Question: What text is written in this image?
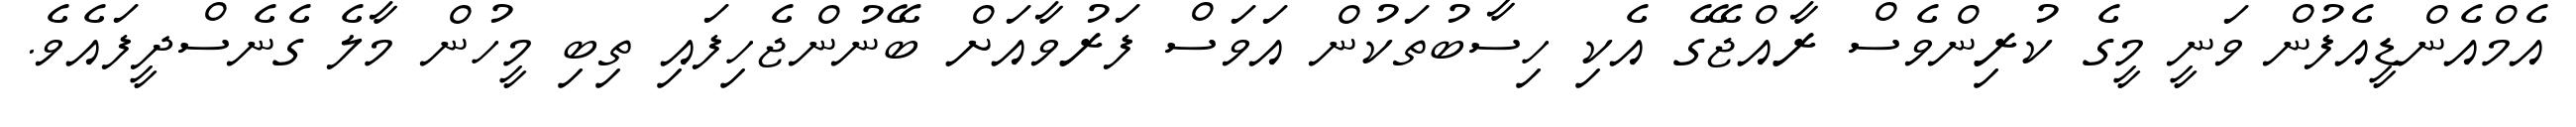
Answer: އެމްއެންޑީއެފުން ވަނީ މީގެ ކުރިންވެސް ރާއްޖޭގެ އެކި ހިސާބުތަކުން އަވަސް ފަރުވާއަށް ބޭނުންޖެހިފައި ތިބި މީހުން މާލެ ގެނެސްދީފައެވެ.